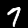
Digit: 7